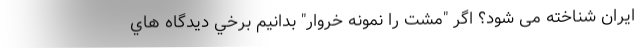
ایران شناخته می شود؟ اگر "مشت را نمونه خروار" بدانیم برخي ديدگاه هاي